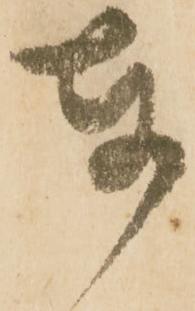
奉